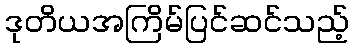
ဒုတိယအကြိမ်ပြင်ဆင်သည့်